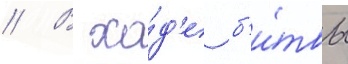
// В хо́д'е б'и́твы